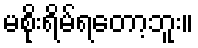
မစိုးရိမ်ရတော့ဘူး။